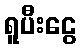
ရူပီးငွေ